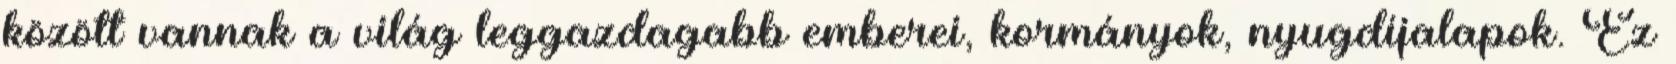
között vannak a világ leggazdagabb emberei, kormányok, nyugdíjalapok. Ez